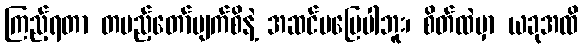
ကြည့်ရတာ တပည့်တော်မျက်စိနဲ့ အဆင်မပြေပါဘူး၊ စိတ်ထဲမှာ ယခုအထိ